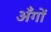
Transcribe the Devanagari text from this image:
अँगों